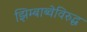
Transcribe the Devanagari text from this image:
झिम्बाब्वेविरुद्ध